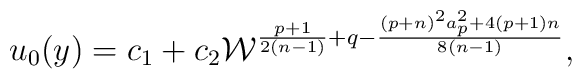
u_0(y)=c_1+c_2{\cal W}^{{{p+1}\over{2(n-1)}}+q-{{(p+n)^2a^2_p+4(p+1)n}\over{8(n-1)}}},